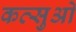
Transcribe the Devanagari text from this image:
कत्सुओ